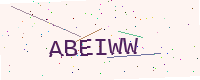
Text: ABEIWW